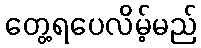
တွေ့ရပေလိမ့်မည်